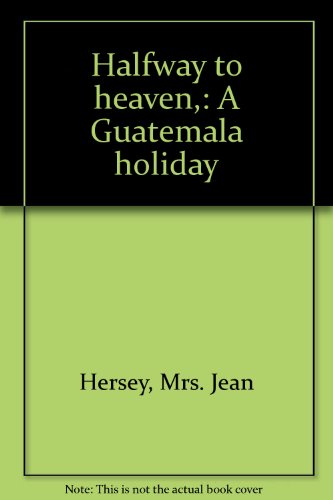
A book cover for Halfway to heaven,: A Guatemala holiday; Mrs. Jean Hersey; Travel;